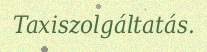
Taxiszolgáltatás.